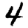
Digit: 4